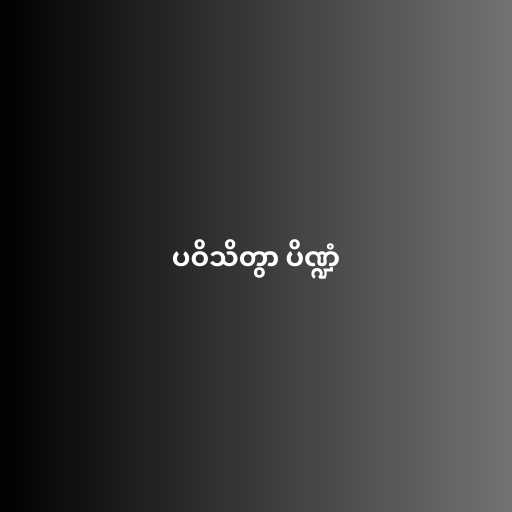
ပဝိသိတွာ ပိဏ္ဍံ